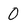
Character: 0